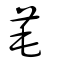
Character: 芼